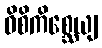
ဝိစိကိစ္ဆေယျ